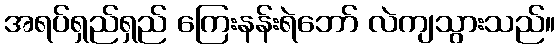
အရပ်ရှည်ရှည် ကြေးနန်းရဲဘော် လဲကျသွားသည်။